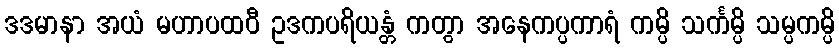
ဒဒမာနာ အယံ မဟာပထဝီ ဥဒကပရိယန္တံ ကတွာ အနေကပ္ပကာရံ ကမ္ပိ သင်္ကမ္ပိ သမ္ပကမ္ပိ